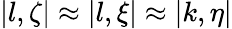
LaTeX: |l,\zeta|\approx|l,\xi|\approx|k,\eta|